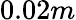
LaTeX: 0.02m